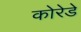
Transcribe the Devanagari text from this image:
कोरेडे